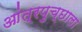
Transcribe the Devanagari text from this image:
आंत्रपुच्छाला